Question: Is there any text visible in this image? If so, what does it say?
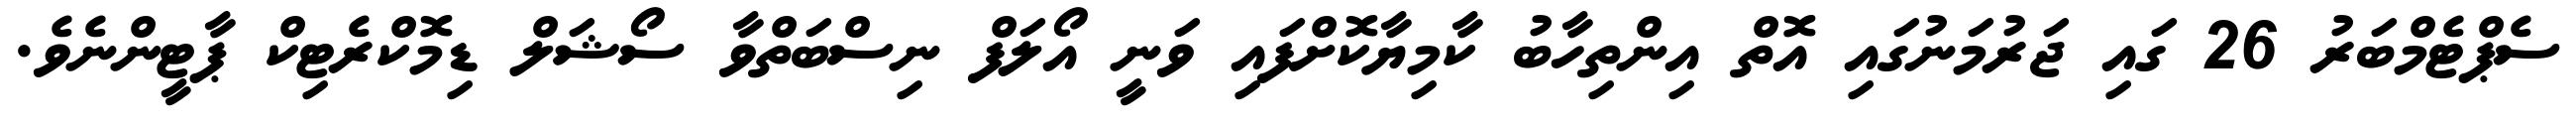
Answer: ސެޕްޓެމްބަރު 26 ގައި ޖަރުމަނުގައި އޮތް އިންތިހާބު ކާމިޔާކޮށްފައި ވަނީ އޯލަފް ނިސްބަތްވާ ސޯޝަލް ޑިމޮކްރެޓިކް ޕާޓީންނެވެ.